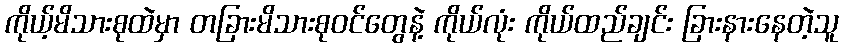
ကိုယ့်မိသားစုထဲမှာ တခြားမိသားစုဝင်တွေနဲ့ ကိုယ်လုံး ကိုယ်ထည်ချင်း ခြားနားနေတဲ့သူ